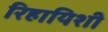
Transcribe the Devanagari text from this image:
रिहायिशी